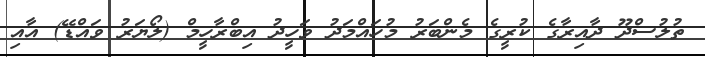
ތުލުސްދޫ ދާއިރާގެ ކުރީގެ މެންބަރު މުހައްމަދު ވަހީދު އިބްރާހީމް (ލޯޔަރު ވައްޑޭ) އާއި